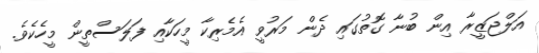
އަލްޖަޒީރާ އިން ބުނާ ގޮތުގައި ދެން މަރުވީ އެމެރިކާ މީހަކާއި ފަލަސްތީން މީހެކެވެ.